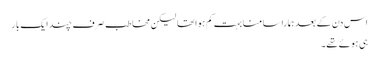
اس دن کے بعد ہمارا سامنا بہت کم ہوا تھا لیکن مخاطب صرف چند ایک بار
ہی ہوئے تھے۔